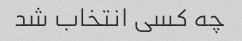
چه کسی انتخاب شد